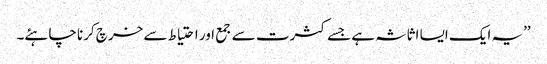
’’یہ ایک ایسا اثاثہ ہے جسے کثرت سے جمع اور احتیاط سے خرچ کرنا چاہئے۔